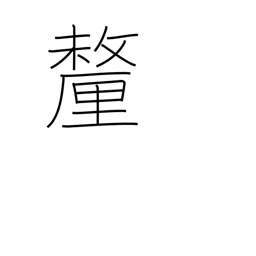
Meaning: tenth of a bu